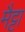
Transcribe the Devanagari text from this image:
मैट्टा